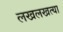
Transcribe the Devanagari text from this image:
लखलखत्या